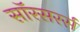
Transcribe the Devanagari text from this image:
सॉरसरर्स